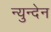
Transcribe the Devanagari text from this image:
न्युन्देन